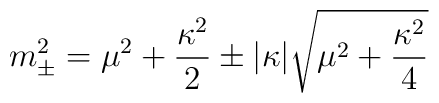
m_\pm^2 = \mu^2+{\kappa^2\over2}  \pm |\kappa|\sqrt{\mu^2+{\kappa^2\over4}}